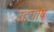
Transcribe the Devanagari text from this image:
उद्दघोष